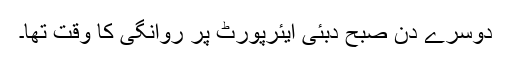
دوسرے دن صبح دبئی ایئرپورٹ پر روانگی کا وقت تھا۔